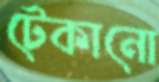
টেকানো